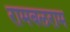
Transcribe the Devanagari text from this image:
रामबलराम